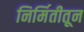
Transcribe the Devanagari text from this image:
निर्मितीतून